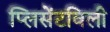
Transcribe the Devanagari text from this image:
प्लिसेंटविली